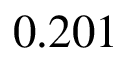
0 . 2 0 1